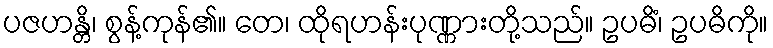
ပဇဟန္တိ၊ စွန့်ကုန်၏။ တေ၊ ထိုရဟန်းပုဏ္ဏားတို့သည်။ ဥပဓိံ၊ ဥပဓိကို။